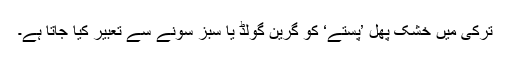
ترکی میں خشک پھل ’پستے‘ کو گرین گولڈ یا سبز سونے سے تعبیر کیا جاتا ہے۔